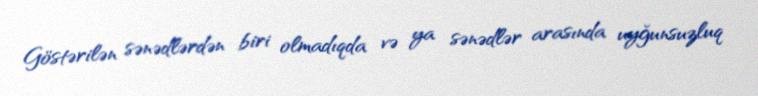
Göstərilən sənədlərdən biri olmadıqda və ya sənədlər arasında uyğunsuzluq